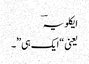
ایکلویہؔ
یعنی “ایک ہی”ٗ۔